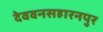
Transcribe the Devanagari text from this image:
देववनसहारनपुर